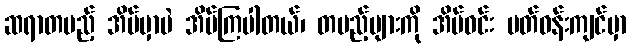
ဆရာတပည့် အိမ်မှာပဲ အိပ်ကြပါတယ်၊ တပည့်များကို အိမ်ဝင်း ပတ်ဝန်းကျင်မှာ